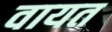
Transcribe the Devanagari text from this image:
वायत